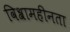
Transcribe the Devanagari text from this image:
विश्रामहीनता